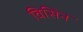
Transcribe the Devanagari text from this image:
विसिन